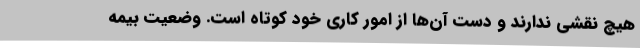
هیچ نقشی ندارند و دست آن‌ها از امور کاری خود کوتاه است. وضعیت بیمه